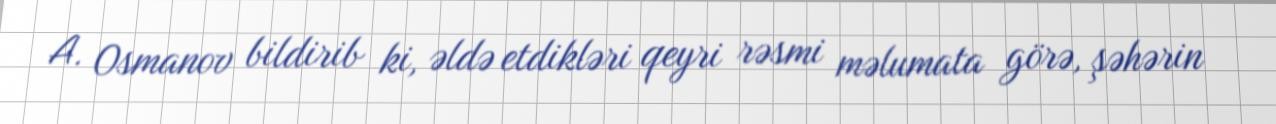
A. Osmanov bildirib ki, əldə etdikləri qeyri rəsmi məlumata görə, şəhərin